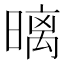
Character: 𣉽